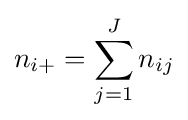
n_{i+}=\sum _{j=1}^{J}n_{ij}